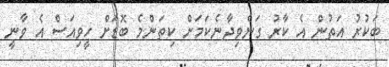
ބަކުރު އަތުން އެ ކާރު ގަނެވިދާނެކަމަށް ކިތަންމެ ބޮޑަށް ހީވިއަސް އެ ވާނީ